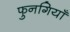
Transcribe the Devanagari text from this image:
फुनगियाँ